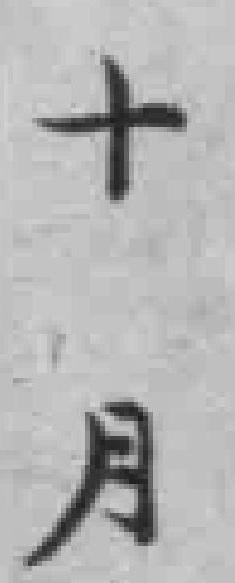
十月